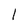
Character: 1